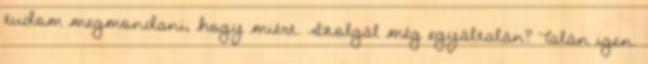
tudom megmondani, hogy miért. Szolgál még egyáltalán? Talán igen.